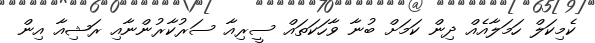
ކެމިކަލް ހަމަލާއެއް ދިން ކަމަށް ބުނާ ވާހަކަތައް ސީރިއާ ސަރުކާރުންނާއި ރަޝިއާ އިން